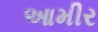
આમીર